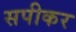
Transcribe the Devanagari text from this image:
सपीकर